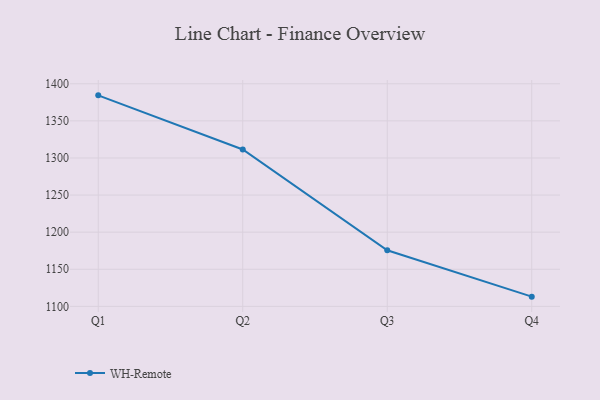
{"axis": {"x": "Quarter", "y": "Backlog"}, "legend": ["WH-Remote"], "data": [{"x": "Q1", "y": 1384.4, "type": "WH-Remote"}, {"x": "Q2", "y": 1311.4, "type": "WH-Remote"}, {"x": "Q3", "y": 1175.6, "type": "WH-Remote"}, {"x": "Q4", "y": 1113.1, "type": "WH-Remote"}]}